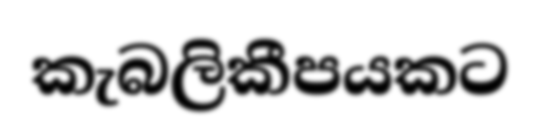
කැබලිකීපයකට